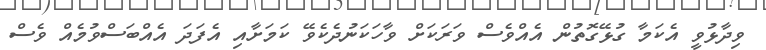
ވިދާޅުވީ އެކަމާ ގުޅޭގޮތުން އެއްވެސް ވަރަކަށް ވާހަކަނުދެކެވޭ ކަމަށާއި އެފަދަ އެއްބަސްވުމެއް ވެސް